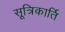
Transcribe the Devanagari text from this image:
सूत्रिकार्ति